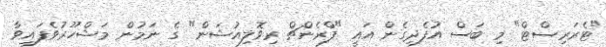
"ޓެރަރިސްޓް" މި ބަސް އުފެދިގެން އައީ "ފްރެންޗް ރިވޮލިއުޝަން" ގެ ނަމުން މަޝްހޫރުވެފައިވާ